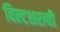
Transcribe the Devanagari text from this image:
विल्टशराची